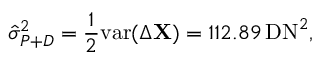
\hat { \sigma } _ { P + D } ^ { 2 } = \frac { 1 } { 2 } \mathrm { v a r } ( \Delta \mathbf X ) = 1 1 2 . 8 9 \, \mathrm { D N } ^ { 2 } ,